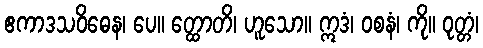
ဧကာဒသဝိဓေန၊ ပေ။ တ္ထောတိ၊ ဟူသော။ ဣဒံ၊ ဝစနံ၊ ကို။ ဝုတ္တံ၊